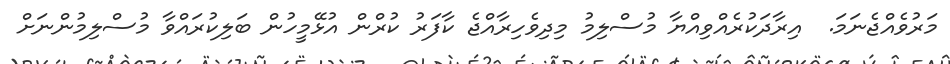
މަރުވެއްޖެނަމަ.  އިރާދަކުރެއްވިއްޔާ މުސްލިމު މިދިވެހިރާއްޖެ ކާފަރު ކުރްން އުޅޭމީހުން ބަލިކުރައްވާ މުސްލިމުންނަށް